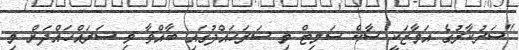
"ސަރުކާރުގެ އަމާޒަކީ ސާކް ސަމިޓް މި ސަރަހައްދުގައި ބާއްވާ މި ސަރައްހައްދަށް މި